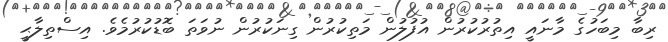
ރިބާ މިބަހުގެ މާނައީ އިތުރުކުރުން އުފުލުން މަތިކުރުން ގިނަކުރުން ނުވަތަ ބޮޑުކުރުމެވެ. އިސްތިލާޙީ